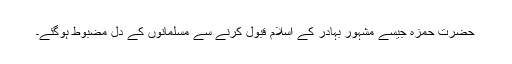
حضرت حمزہ جیسے مشہور بہادر کے اسلام قبول کرنے سے مسلمانوں کے دل مضبوط ہوگئے۔